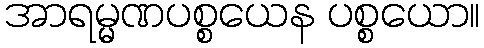
အာရမ္မဏပစ္စယေန ပစ္စယော။